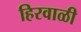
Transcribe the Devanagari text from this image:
हिरवाळी